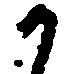
か